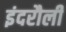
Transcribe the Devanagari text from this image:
इंदरौली